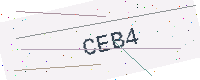
Text: CEB4